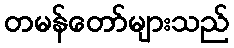
တမန်တော်များသည်